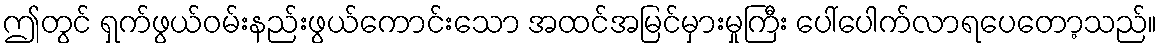
ဤတွင် ရှက်ဖွယ်ဝမ်းနည်းဖွယ်ကောင်းသော အထင်အမြင်မှားမှုကြီး ပေါ်ပေါက်လာရပေတော့သည်။